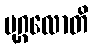
ပုဂ္ဂလောတိ